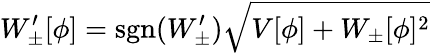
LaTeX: W_{\pm}^{\prime}[\phi]=\mathrm{sgn}(W_{\pm}^{\prime})\sqrt{V[\phi]+W_{\pm}[\phi]^{2}}